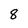
Character: 8